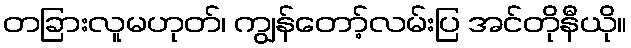
တခြားလူမဟုတ်၊ ကျွန်တော့်လမ်းပြ အင်တိုနီယို။